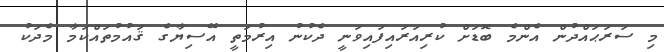
މި ސަރަޙައްދުން އެންމެ ބޮޑަށް ކުރިއަރައިފައިވަނީ ދެކުނު އިރުމަތީ އޭސިޔާގެ ޤައުމުތައްކަމާ މެދަކު